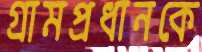
গ্রামপ্রধানকে